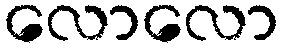
လောလော